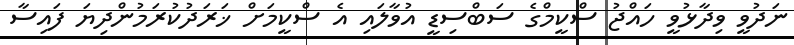
ނަދުވީ ވިދާޅުވީ ހައްޖު ސްކީމްގެ ސަބްސިޑީ އުވާލައި އެ ސްކީމަށް ޚަރަދުކުރަމުންދިޔަ ފައިސާ